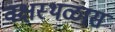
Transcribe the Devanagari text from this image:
वक्षस्थळास